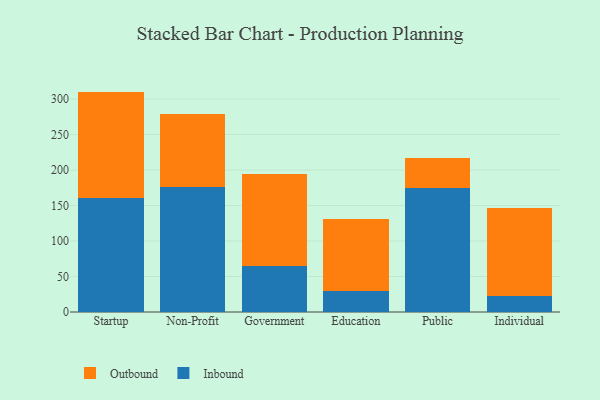
{"axis": {"x": "Segment", "y": "Website Visitors"}, "legend": ["Inbound", "Outbound"], "data": [{"x": "Startup", "y": 161.1, "type": "Inbound"}, {"x": "Startup", "y": 149.4, "type": "Outbound"}, {"x": "Non-Profit", "y": 176.2, "type": "Inbound"}, {"x": "Non-Profit", "y": 103.0, "type": "Outbound"}, {"x": "Government", "y": 64.6, "type": "Inbound"}, {"x": "Government", "y": 130.3, "type": "Outbound"}, {"x": "Education", "y": 30.0, "type": "Inbound"}, {"x": "Education", "y": 101.6, "type": "Outbound"}, {"x": "Public", "y": 174.0, "type": "Inbound"}, {"x": "Public", "y": 43.2, "type": "Outbound"}, {"x": "Individual", "y": 23.1, "type": "Inbound"}, {"x": "Individual", "y": 123.4, "type": "Outbound"}]}